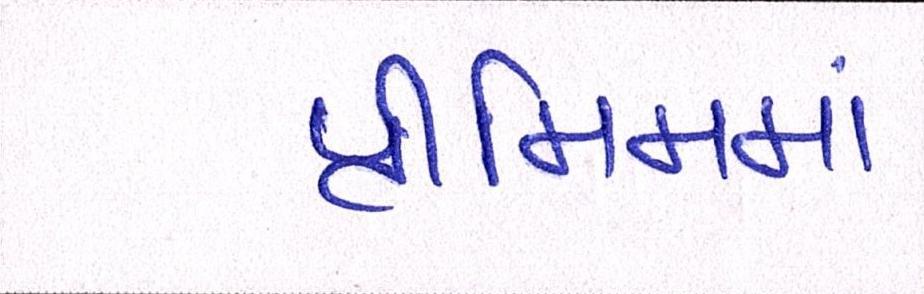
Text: પ્રીમિમમાં